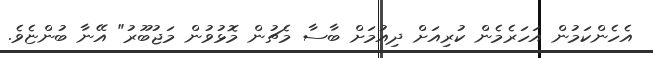
އެހެންކަމުން އަހަރެމެން ކުރިއަށް ދިއުމަށް ބާސާ މެޗުން މޮޅުވުން މަޖުބޫރު" އޭނާ ބުންޏެވެ.